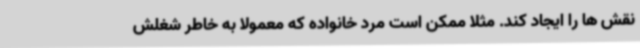
نقش ها را ایجاد کند. مثلا ممکن است مرد خانواده که معمولا به خاطر شغلش